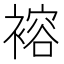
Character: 褣